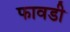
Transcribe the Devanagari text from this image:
फावडी